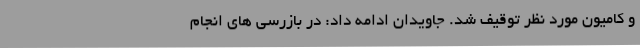
و کامیون مورد نظر توقیف شد. جاویدان ادامه داد: در بازرسی های انجام